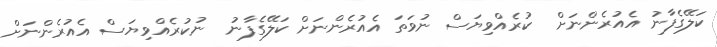
ކަލޭގެފާނު އެއުރެންނަށް  ކުރެއްވިޔަސް ނުވަތަ އެއުރެންނަށް ކަލޭގެފާނު  ނުކުރެއްވިޔަސް އެއުރެންނަށް